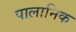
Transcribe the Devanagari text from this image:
पालानिक